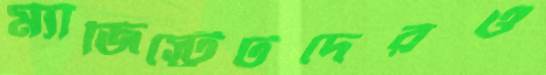
ম্যাজিস্ট্রেটদেরও